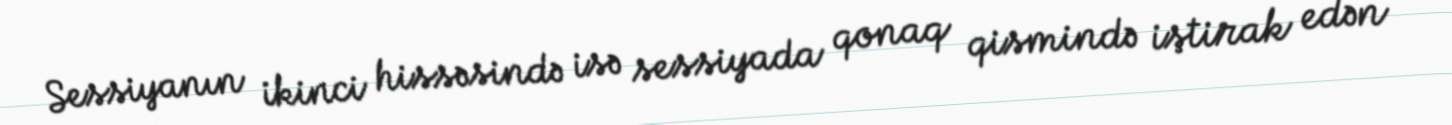
Sessiyanın ikinci hissəsində isə sessiyada qonaq qismində iştirak edən